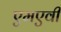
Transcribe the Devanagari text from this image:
एमएवी